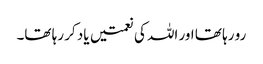
رو رہا تھا اور اللہ کی نعمتیں یاد کر رہا تھا۔